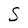
Character: S